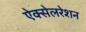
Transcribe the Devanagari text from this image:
ऐक्सेलरेशन